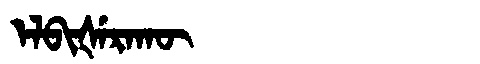
Manchu: ᡝᠯᠪᡳᡧᡝᡵᠠᡴᡡ
Romanization: ELBIŠERAKŪ